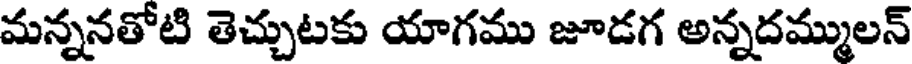
మన్ననతోటి తెచ్చుటకు యాగము జూడగ అన్నదమ్ములన్